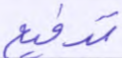
تدفيع